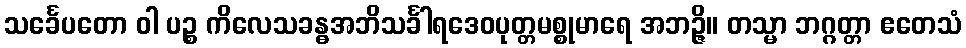
သင်္ခေပတော ဝါ ပဉ္စ ကိလေသခန္ဓအဘိသင်္ခါရဒေဝပုတ္တမစ္စုမာရေ အဘဉ္ဇိ။ တသ္မာ ဘဂ္ဂတ္တာ ဧတေသံ